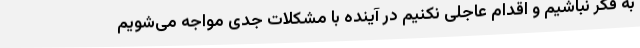
به فکر نباشیم و اقدام عاجلی نکنیم در آینده با مشکلات جدی مواجه می‌شویم